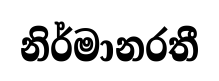
නිර්මානරතී